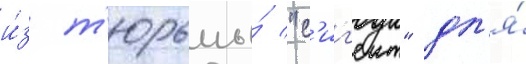
и́з т'юрьмы́ "с'иг'еит" дл'я́